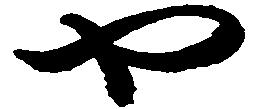
や